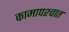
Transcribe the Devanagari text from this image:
कामापश्चात